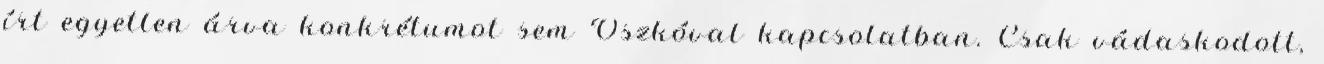
írt egyetlen árva konkrétumot sem Oszkóval kapcsolatban. Csak vádaskodott,